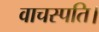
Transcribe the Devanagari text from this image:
वाचस्‍पति।